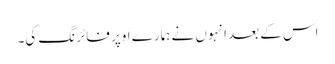
اس کے بعد انہوں نے ہمارے اوپر فائرنگ کی۔